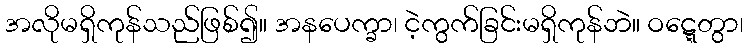
အလိုမရှိကုန်သည်ဖြစ်၍။ အနပေက္ခာ၊ ငဲ့ကွက်ခြင်းမရှိကုန်ဘဲ။ ဝဋ္ဋေတွာ၊